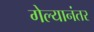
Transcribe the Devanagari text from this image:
गेल्‍यानंतर